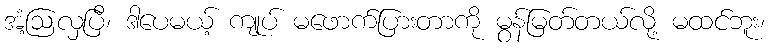
အံ့ဩလှပြီ၊ ဒါပေမယ့် ကျုပ် မဖောက်ပြားတာကို မွန်မြတ်တယ်လို့ မထင်ဘူး၊